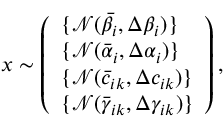
x \sim \left( \begin{array} { l } { \{ \mathcal { N } ( \bar { \beta } _ { i } , \Delta \beta _ { i } ) \} } \\ { \{ \mathcal { N } ( \bar { \alpha } _ { i } , \Delta \alpha _ { i } ) \} } \\ { \{ \mathcal { N } ( \bar { c } _ { i k } , \Delta c _ { i k } ) \} } \\ { \{ \mathcal { N } ( \bar { \gamma } _ { i k } , \Delta \gamma _ { i k } ) \} } \end{array} \right) ,